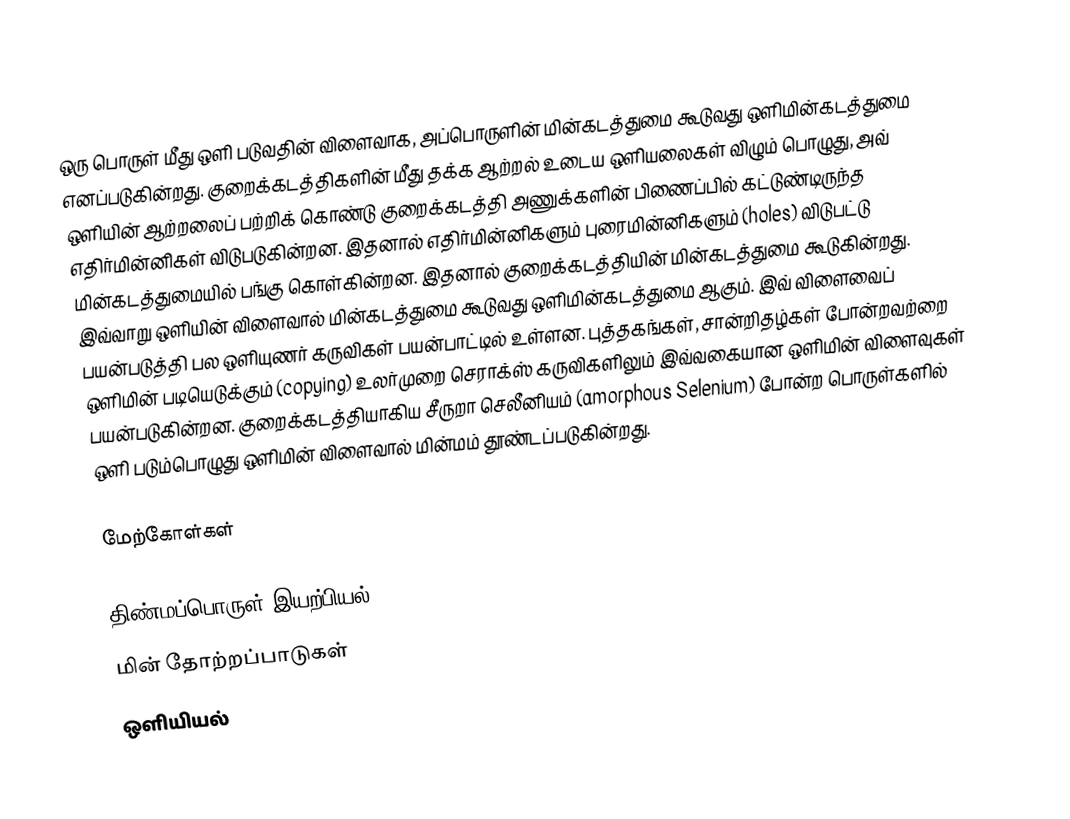
ஒரு பொருள் மீது ஒளி படுவதின் விளைவாக, அப்பொருளின் மின்கடத்துமை கூடுவது ஒளிமின்கடத்துமை எனப்படுகின்றது. குறைக்கடத்திகளின் மீது தக்க ஆற்றல் உடைய ஒளியலைகள் விழும் பொழுது, அவ் ஒளியின் ஆற்றலைப் பற்றிக் கொண்டு குறைக்கடத்தி அணுக்களின் பிணைப்பில் கட்டுண்டிருந்த எதிர்மின்னிகள் விடுபடுகின்றன. இதனால் எதிர்மின்னிகளும் புரைமின்னிகளும் (holes) விடுபட்டு மின்கடத்துமையில் பங்கு கொள்கின்றன. இதனால் குறைக்கடத்தியின் மின்கடத்துமை கூடுகின்றது. இவ்வாறு ஒளியின் விளைவால் மின்கடத்துமை கூடுவது ஒளிமின்கடத்துமை ஆகும். இவ் விளைவைப் பயன்படுத்தி பல ஒளியுணர் கருவிகள் பயன்பாட்டில் உள்ளன. புத்தகங்கள், சான்றிதழ்கள் போன்றவற்றை ஒளிமின் படியெடுக்கும் (copying) உலர்முறை செராக்ஸ் கருவிகளிலும் இவ்வகையான ஒளிமின் விளைவுகள் பயன்படுகின்றன. குறைக்கடத்தியாகிய சீருறா செலீனியம் (amorphous Selenium) போன்ற பொருள்களில் ஒளி படும்பொழுது ஒளிமின் விளைவால் மின்மம் தூண்டப்படுகின்றது.

மேற்கோள்கள்

திண்மப்பொருள் இயற்பியல்
மின் தோற்றப்பாடுகள்
ஒளியியல்